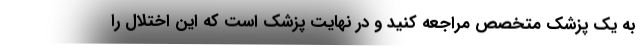
به یک پزشک متخصص مراجعه کنید و در نهایت پزشک است که این اختلال را